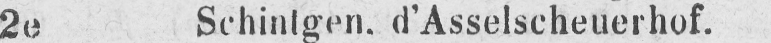
2e Schintgen. d’Asselscheuerhof.